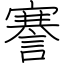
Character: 謇